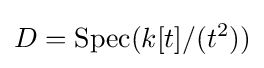
D=\operatorname {Spec} (k[t]/(t^{2}))